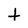
Character: t